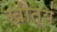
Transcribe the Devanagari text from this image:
खोत्यं